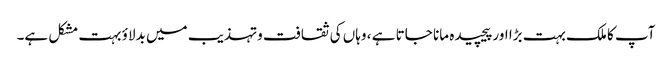
آپ کا ملک بہت بڑا اور پیچیده مانا جاتا ہے ، وہاں کی ثقافت وتہذیب میں بدلاؤ بہت مشکل ہے۔